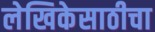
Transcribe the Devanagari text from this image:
लेखिकेसाठीचा